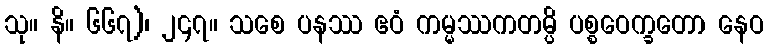
သု။ နိ။ ၆၆၇)၊ ၂၄၇။ သစေ ပနဿ ဧဝံ ကမ္မဿကတမ္ပိ ပစ္စဝေက္ခတော နေဝ